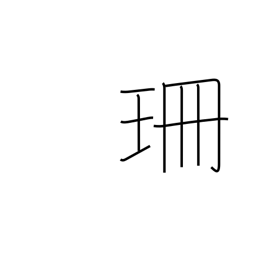
Meaning: centimeter